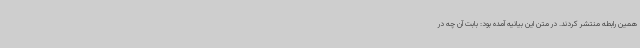
همین رابطه منتشر کردند. در متن این بیانیه آمده بود: بابت آن چه در